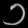
Digit: ၁